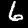
Digit: 6